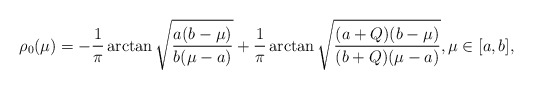
\begin{align*}\rho_0(\mu)=-\frac{1}{\pi}\arctan\sqrt{\frac{a(b-\mu)}{b(\mu-a)}} +\frac{1}{\pi}\arctan\sqrt{\frac{(a+Q)(b-\mu)}{(b+Q)(\mu-a)}},\mu \in[a,b],\end{align*}